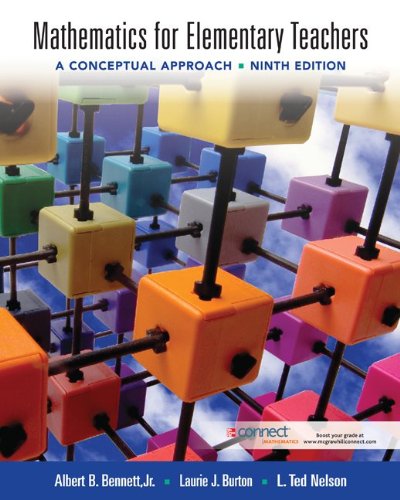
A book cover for Mathematics for Elementary Teachers: A Conceptual Approach; Albert Bennett; Science & Math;